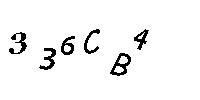
336CB4